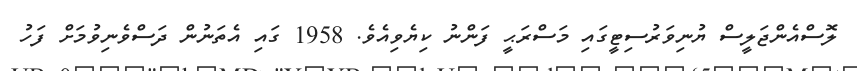
ލޮސްއެންޖަލީސް ޔުނިވަރުސިޓީގައި މަސްރަޙީ ފަންނު ކިޔެވިއެވެ. 1958 ގައި އެތަނުން ދަސްވެނިވުމަށް ފަހު